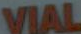
VIAL